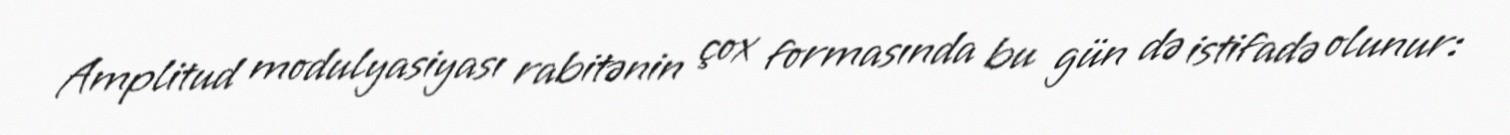
Amplitud modulyasiyası rabitənin çox formasında bu gün də istifadə olunur: